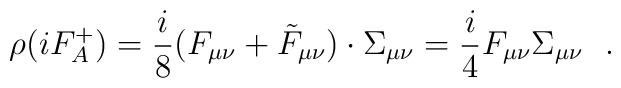
\rho(iF_{A}^{+})=\frac{i}{8}(F_{\mu\nu}+\tilde{F}_{\mu\nu})\cdot\Sigma_{\mu\nu}= \frac{i}{4}F_{\mu\nu}\Sigma_{\mu\nu}~~.